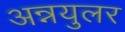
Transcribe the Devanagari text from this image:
अन्नयुलर